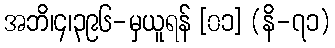
အဘိ၊၄၊၃၉၆-မှယူရန် [၀၁] (နိ-၇၁)